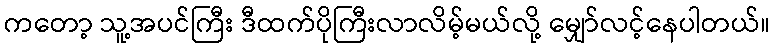
ကတော့ သူ့အပင်ကြီး ဒီထက်ပိုကြီးလာလိမ့်မယ်လို့ မျှော်လင့်နေပါတယ်။